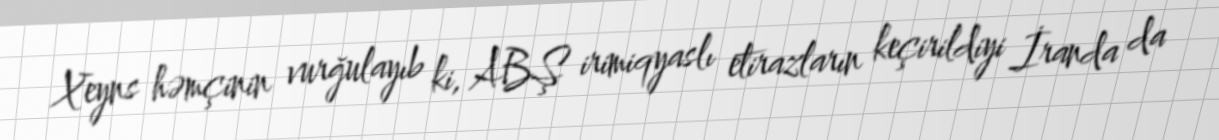
Xeyns həmçinin vurğulayıb ki, ABŞ irimiqyaslı etirazların keçirildiyi İranda da